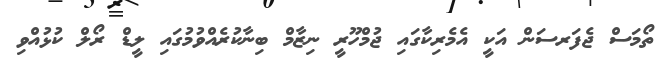
ތޯމަސް ޖެފަރސަން އަކީ އެމެރިކާގައި ޖުމްހޫރީ ނިޒާމް ބިނާކުރެއްވުމުގައި ލީޑް ރޯލް ކުޅުއްވި